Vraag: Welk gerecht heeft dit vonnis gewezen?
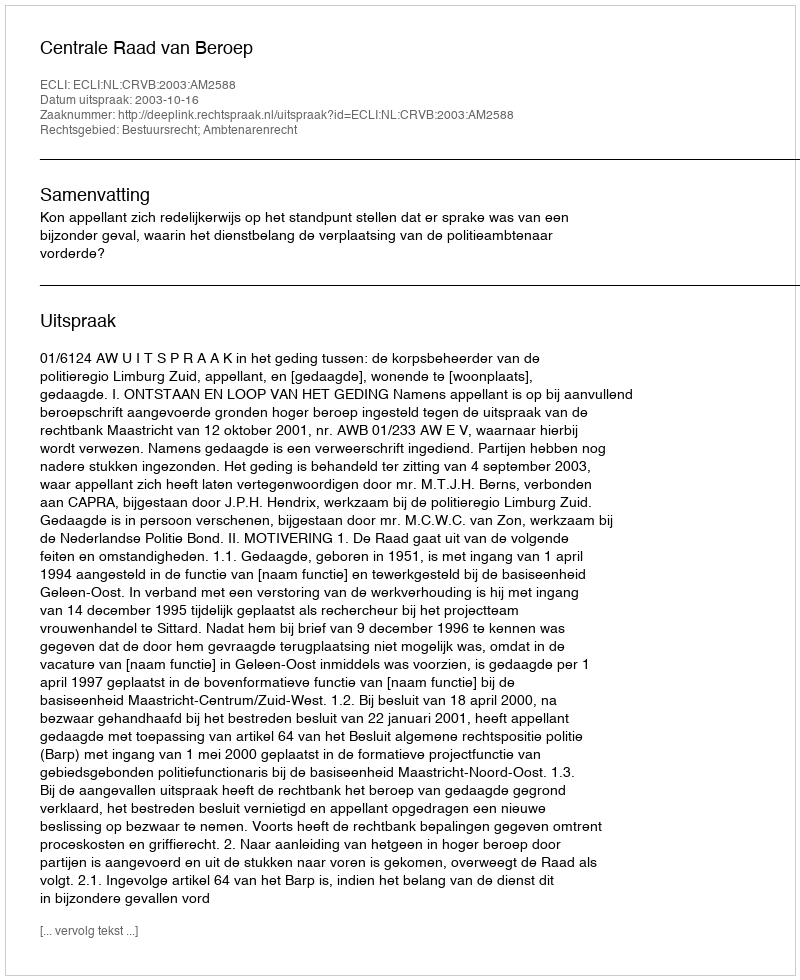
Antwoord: Centrale Raad van Beroep